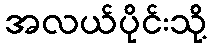
အလယ်ပိုင်းသို့